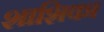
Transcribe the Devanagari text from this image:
शाशिका